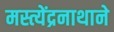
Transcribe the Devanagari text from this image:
मस्त्येंद्रनाथाने